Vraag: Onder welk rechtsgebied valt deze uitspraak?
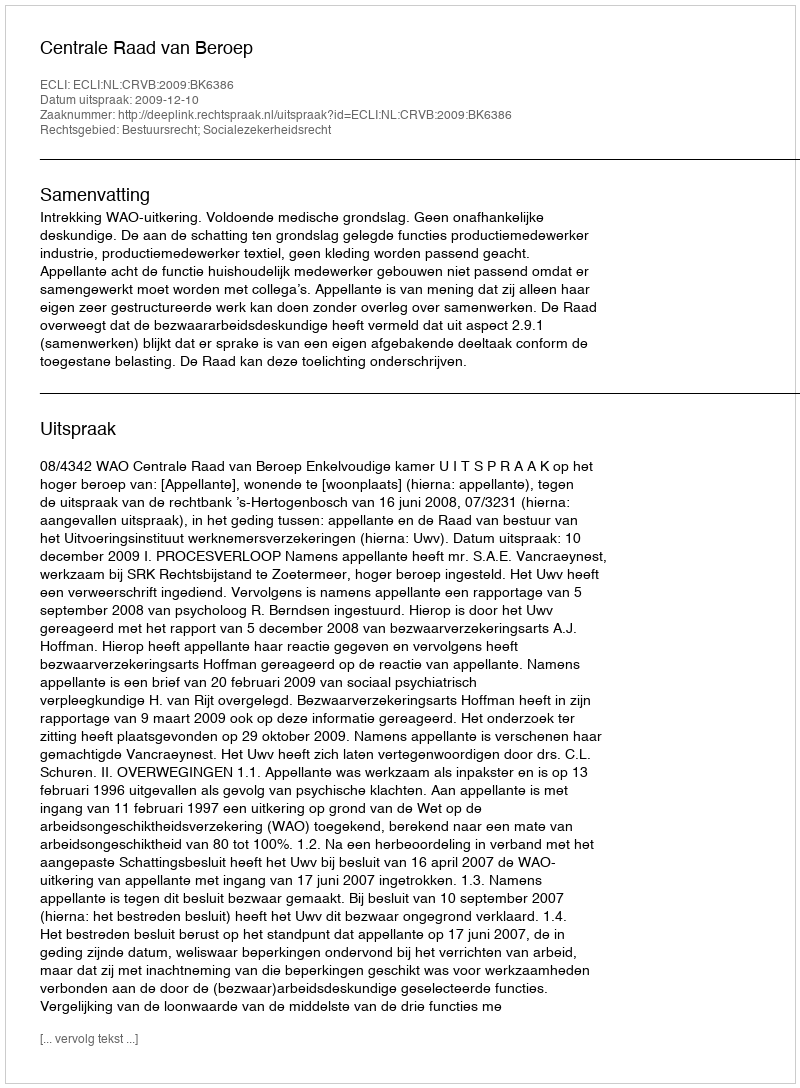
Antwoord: Bestuursrecht; Socialezekerheidsrecht